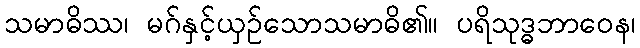
သမာဓိဿ၊ မဂ်နှင့်ယှဉ်သောသမာဓိ၏။ ပရိသုဒ္ဓဘာဝေန၊